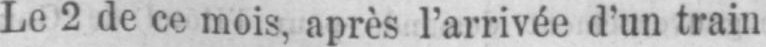
Le 2 de ce mois, après l’arrivée d’un train